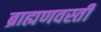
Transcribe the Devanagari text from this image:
ब्राह्मणवस्ती